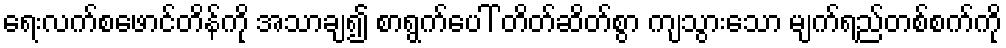
ရေးလက်စဖောင်တိန်ကို အသာချ၍ စာရွက်ပေါ် တိတ်ဆိတ်စွာ ကျသွားသော မျက်ရည်တစ်စက်ကို